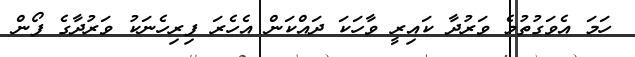
ހަމަ އެވަގުތުމެ ވަރުދާ ކައިރީ ވާހަކަ ދައްކަން އެހެރަ ފިރިހެނަކު ވަރުދާގެ ފޯން